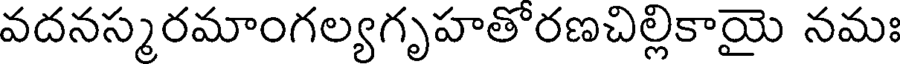
వదనస్మరమాంగల్యగృహతొరణచిల్లికాయై నమః